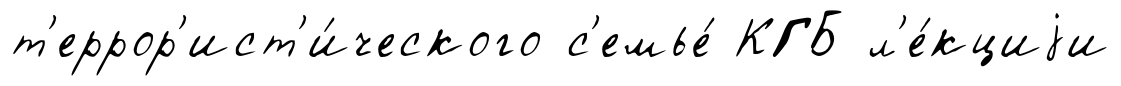
т'еррор'ист'и́ческого с'емье́ КГБ л'е́кциjи